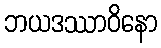
ဘယဒဿာဝိနော